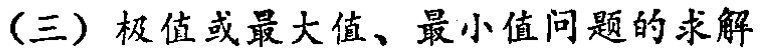
（三）极值或最大值、最小值问题的求解